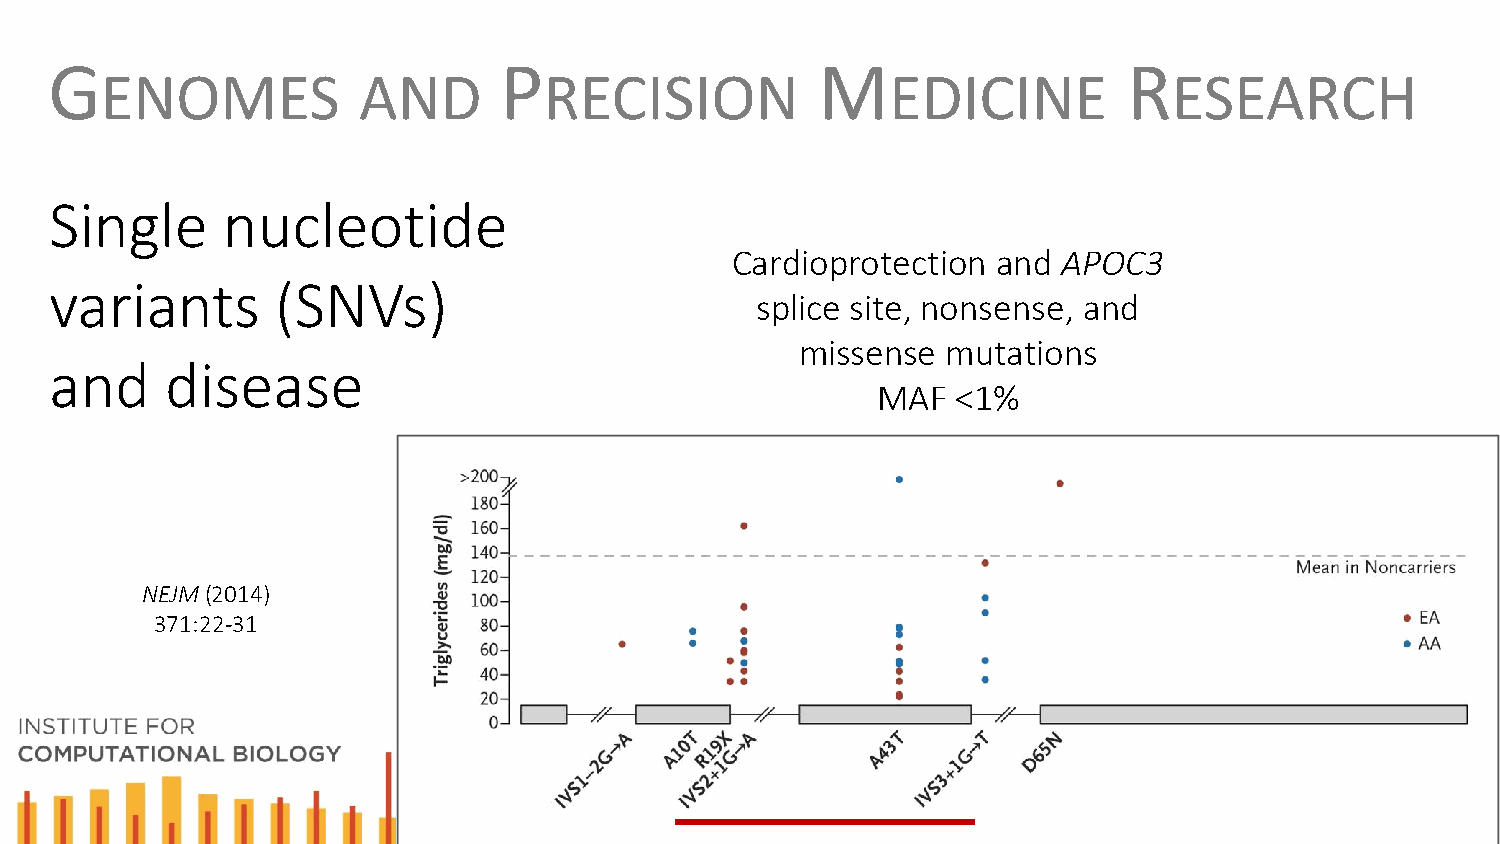
G                             P                    M                    R
 ENOMES           AND         RECISION               EDICINE            ESEARCH
 Single      nucleotide
 Cardioprotection  and APOC3
 variants       (SNVs)
 splice site, nonsense, and
 missense  mutations
 and     disease
 MAF  <1%
 NEJM(2014)
 371:22-31